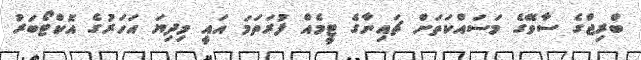
ބްރިޖްގެ ސާވޭގެ މަސައްކަތަށް ޗައިނާގެ ޓީމެއްް ފުރަތަމަ އައީ މިދިޔަ އަހަރުގެ އޮކްޓޯބަރު